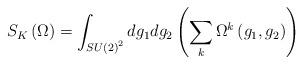
LaTeX: \begin{align*}S_K\left( \Omega \right) =\int_{SU\left( 2\right) ^2}dg_1dg_2\left(\sum_k\Omega ^k\left( g_1,g_2\right) \right)\end{align*}